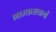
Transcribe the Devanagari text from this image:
भास्कराचार्यो